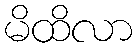
မိထိလာ